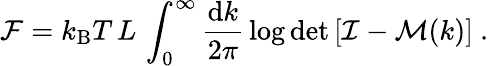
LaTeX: \mathcal{F}=k_{\mathrm{B}}T\, L\, \int_{0}^{\infty}\frac{\mathrm{d}k}{2\pi}\, \log\operatorname*{det}\left[\mathcal{I}-\mathcal{M}(k)\right]~.